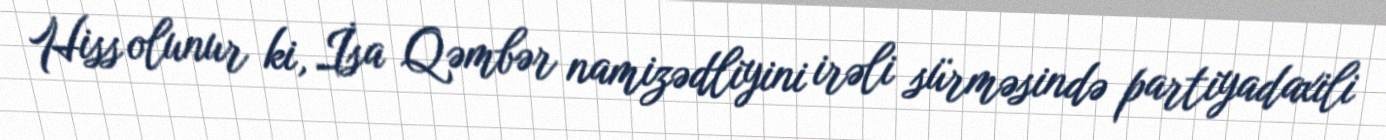
Hiss olunur ki, İsa Qəmbər namizədliyini irəli sürməsində partiyadaxili